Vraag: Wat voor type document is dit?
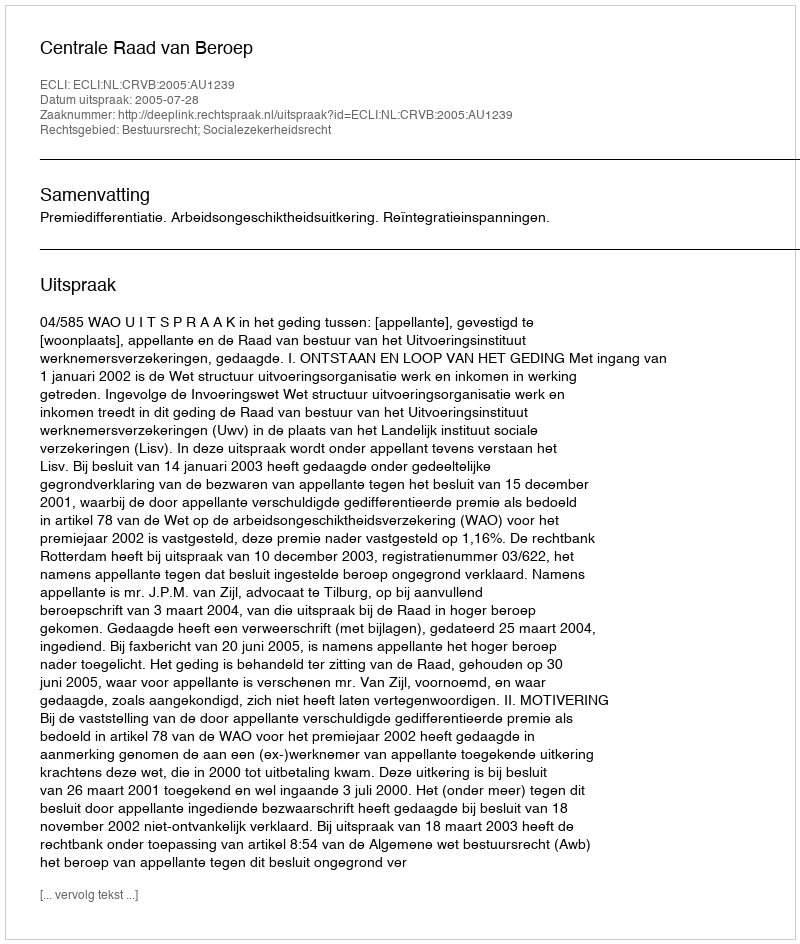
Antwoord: Uitspraak